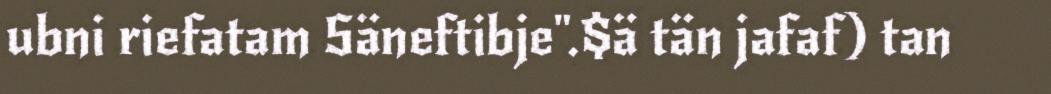
ubni riefatam Säneftibje".$ä tän jafaf) tan